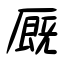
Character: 厩